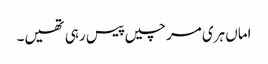
اماں ہری مرچیں پیس رہی تھیں۔